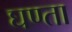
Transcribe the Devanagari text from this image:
घण्ता